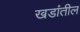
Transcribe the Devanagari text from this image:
खडांतील